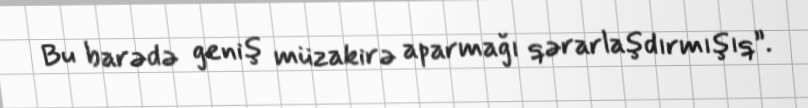
Bu barədə geniş müzakirə aparmağı qərarlaşdırmışıq”.